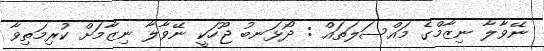
ނޭވާލާ ނިޒާމްގެ މައްސަލަތައް : ދޯޅަނބު ޖޫހަކީ ނޭވާލާ ނިޒާމަށް ކުރިމަތިވާ